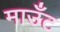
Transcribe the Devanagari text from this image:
माउँट